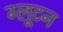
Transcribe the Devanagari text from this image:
ग्लूटन